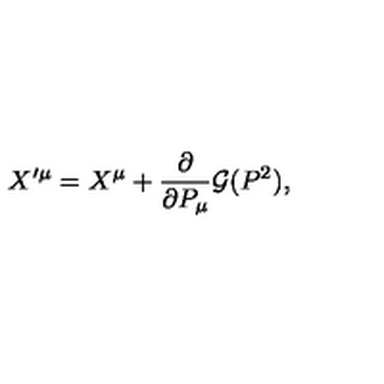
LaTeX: X ^ { \prime \mu } = X ^ { \mu } + { \frac { \partial } { \partial P _ { \mu } } } { \cal G } ( P ^ { 2 } ) ,